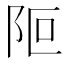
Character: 𨸭